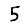
Digit: 5